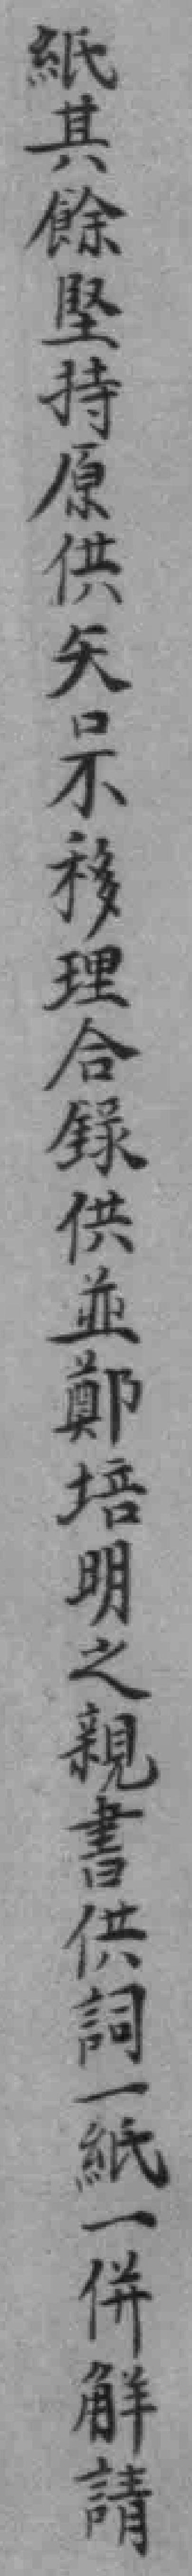
紙其餘堅持原供矢口不移理合錄供並鄭培明之親書供詞一紙一併觧請